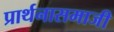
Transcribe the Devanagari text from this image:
प्रार्थनासमाजी